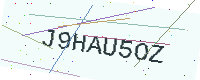
Text: J9HAU5OZ